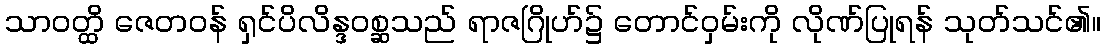
သာဝတ္ထိ ဇေတဝန် ရှင်ပိလိန္ဒဝစ္ဆသည် ရာဇဂြိုဟ်၌ တောင်ဝှမ်းကို လိုဏ်ပြုရန် သုတ်သင်၏။